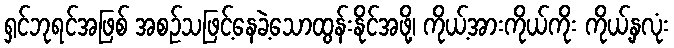
ရှင်ဘုရင်အဖြစ် အစဉ်သဖြင့်နေခဲ့သောထွန်းနိုင်အဖို့၊ ကိုယ့်အားကိုယ်ကိုး ကိုယ့်နှလုံး